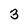
Character: 3